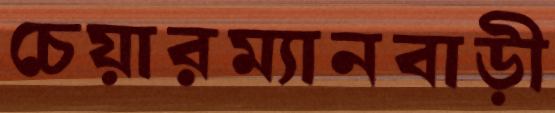
চেয়ারম্যানবাড়ী